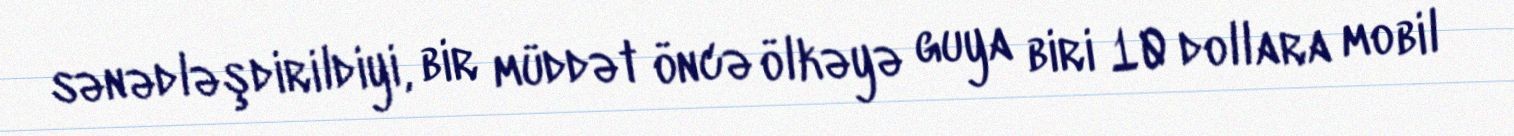
sənədləşdirildiyi, bir müddət öncə ölkəyə guya biri 10 dollara mobil